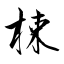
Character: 梀